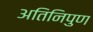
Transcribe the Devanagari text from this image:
अतिनिपुण